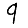
Digit: 9